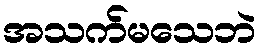
အသက်မသေဘဲ